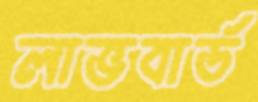
লাভবার্ড